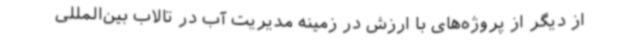
از دیگر از پروژه‌های با ارزش در زمینه مدیریت آب در تالاب بین‌المللی